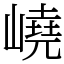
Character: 嶢